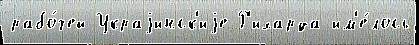
рабо́чей Украjинск'иjе Р'ихарда им'е́лось